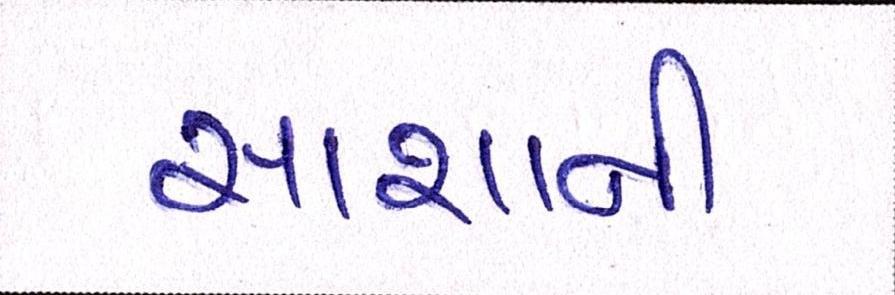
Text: સાશાની